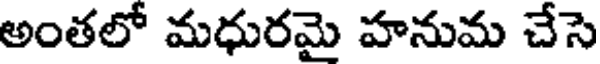
అంతలో మధురమై హనుమ చేసె